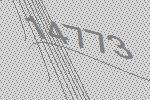
14773